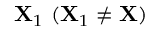
\mathbf { X } _ { 1 } ~ ( \mathbf { X } _ { 1 } \neq \mathbf { X } )